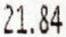
21.84